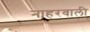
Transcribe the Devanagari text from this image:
नाहरवाली